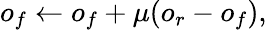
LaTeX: o_{f}\leftarrow o_{f}+\mu(o_{r}-o_{f}),